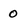
Character: 0